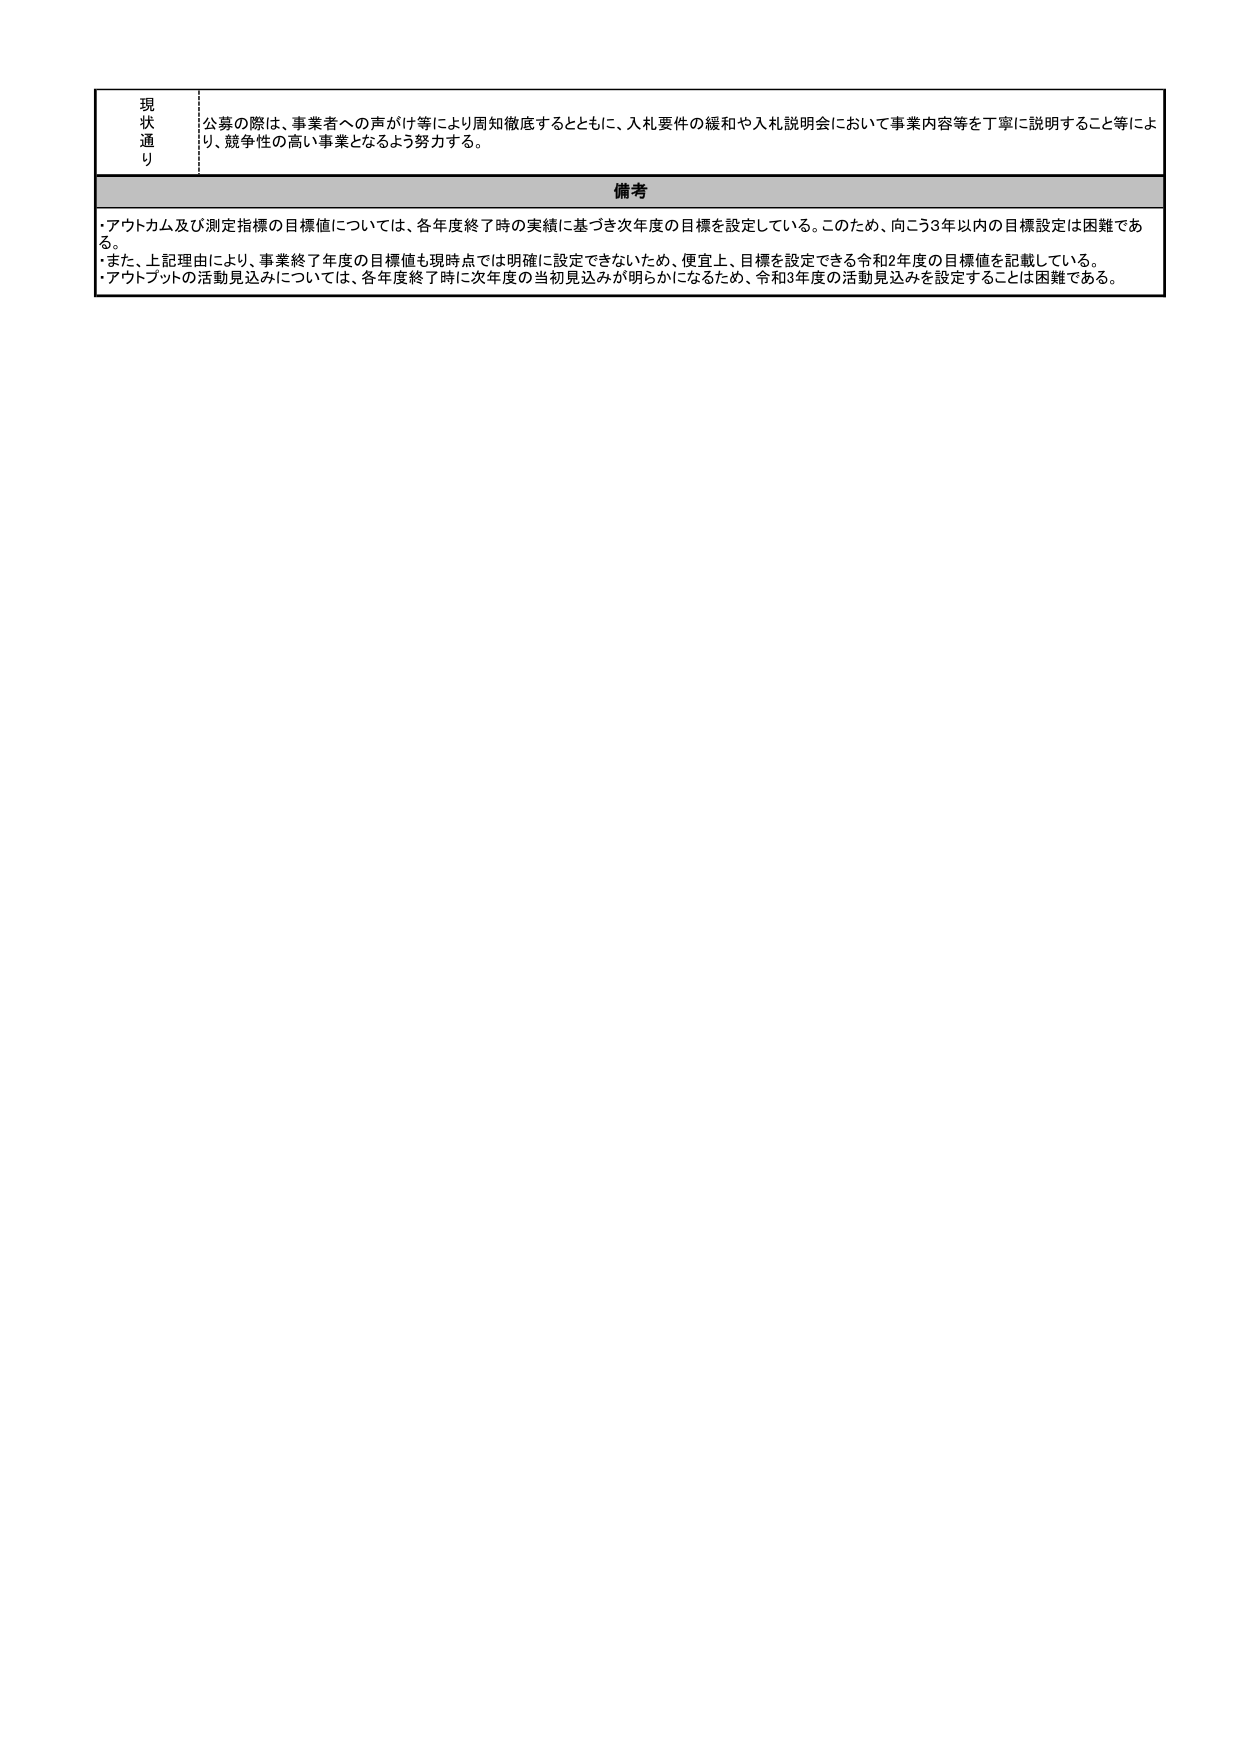
現状通り
公募の際は、事業者への声かけ等により周知徹底するとともに、入札要件の緩和や入札説明会において事業内容等を丁寧に説明すること等により、競争性の高い事業となるよう努力する。

備考
・アウトカム及び測定指標の目標値については、各年度終了時の実績に基づき次年度の目標を設定している。このため、向こう3年以内の目標設定は困難である。
・また、上記理由により、事業終了年度の目標値も現時点では明確に設定できないため、便宜上、目標を設定できる令和2年度の目標値を記載している。
・アウトプットの活動見込みについては、各年度終了時に次年度の当初見込みが明らかになるため、令和3年度の活動見込みを設定することは困難である。